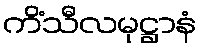
ကိံသီလမုဋ္ဌာနံ